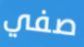
صفي